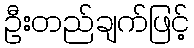
ဦးတည်ချက်ဖြင့်